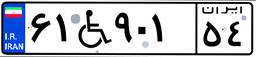
۷۵W۹۶۵۷۰